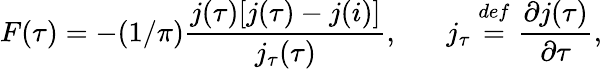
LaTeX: F(\tau)=-(1/\pi)\frac{j(\tau)[j(\tau)-j(i)]}{j_{\tau}(\tau)},\; \; \; \; \; \; j_{\tau}\stackrel{def}{=}\frac{\partial j(\tau)}{\partial\tau},